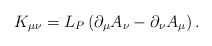
\begin{align*}K_{\mu \nu }=L_P\left( \partial _\mu A_\nu -\partial _\nu A_\mu\right) . \end{align*}